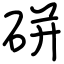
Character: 硑